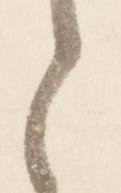
之